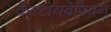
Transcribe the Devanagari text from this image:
केल्टायबेरियन